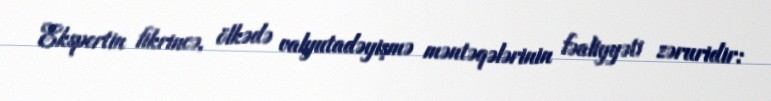
Ekspertin fikrincə, ölkədə valyutadəyişmə məntəqələrinin fəaliyyəti zəruridir: